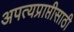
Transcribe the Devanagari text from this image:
अपत्यप्राप्तीसाठी